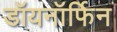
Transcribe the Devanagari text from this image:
डॉयनॉर्फिन